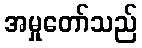
အမှုတော်သည်